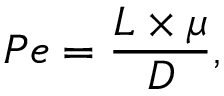
P e = \frac { L \times \mu } { D } ,